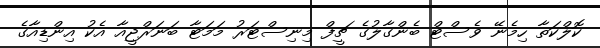
ކޮލްކަތާ ހިމެނޭ ވެސްޓް ބެންގާލުގެ ޗީފް މިނިސްޓަރު މަމަޓާ ބަނަރްޖީއާ އެކު އިންޑިއާގެ